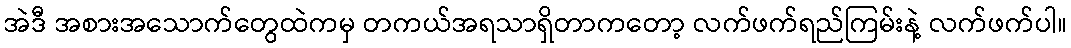
အဲဒီ အစားအသောက်တွေထဲကမှ တကယ်အရသာရှိတာကတော့ လက်ဖက်ရည်ကြမ်းနဲ့ လက်ဖက်ပါ။